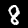
Label: 8